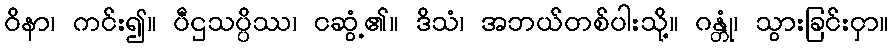
ဝိနာ၊ ကင်း၍။ ပီဌသပ္ပိဿ၊ ငဆွံ့၏။ ဒိသံ၊ အဘယ်တစ်ပါးသို့။ ဂန္တုံ၊ သွားခြင်းငှာ။